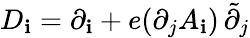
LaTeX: D_{\mathbf{i}}=\partial_{\mathbf{i}}+e(\partial_{j}A_{\mathbf{i}})\, \tilde{{\partial}}_{j}